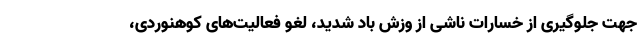
جهت جلوگیری از خسارات ناشی از وزش باد شدید، لغو فعالیت‌های کوهنوردی،